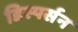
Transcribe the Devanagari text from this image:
डिस्पर्सन